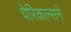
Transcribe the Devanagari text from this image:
पेरिकल्सने